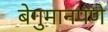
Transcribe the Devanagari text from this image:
बेगुमानपणे